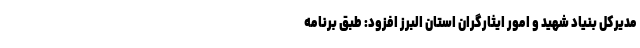
مدیرکل بنیاد شهید و امور ایثارگران استان البرز افزود: طبق برنامه‌